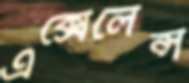
এক্সেলেন্স